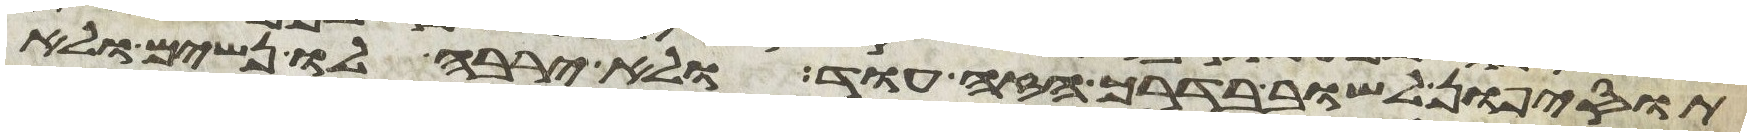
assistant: תוסיפון לשוב בדרך הזה עוד ולא ירבה לו נשים ולא